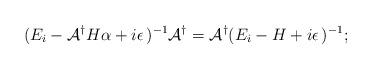
LaTeX: \begin{align*}(E_i - {\cal A}^{\dagger}H\alpha+i\epsilon\,)^{-1}{\cal A}^{\dagger}={\cal A}^{\dagger}(E_i - H+i\epsilon\,)^{-1};\end{align*}